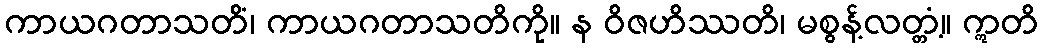
ကာယဂတာသတိံ၊ ကာယဂတာသတိကို။ န ဝိဇဟိဿတိ၊ မစွန့်လတ္တံ့။ ဣတိ